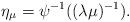
LaTeX: \begin{align*}\eta_{\mu} = \psi^{-1}((\lambda\mu)^{-1}).\end{align*}